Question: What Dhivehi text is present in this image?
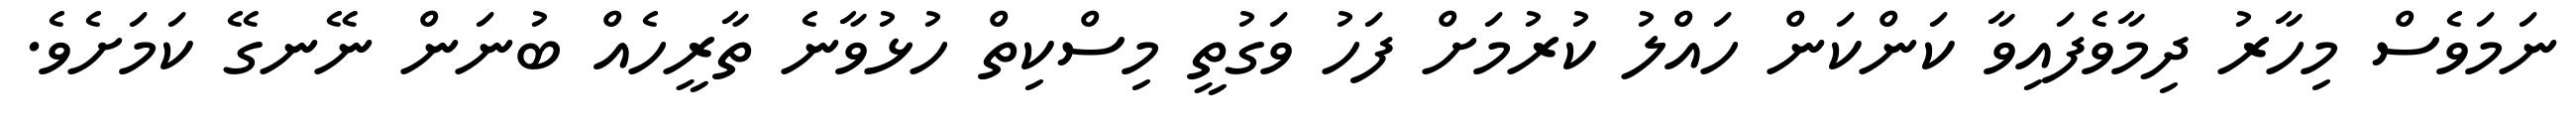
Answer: ނަމަވެސް މިހާރު ދިމާވެފައިވާ ކަންކަން ހައްލު ކުރުމަށް ފަހު ވަގުތީ މިސްކިތް ހުޅުވާނެ ތާރީހެއް ބުނަން ނޭނގޭ ކަމަށެވެ.